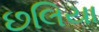
છલિયા